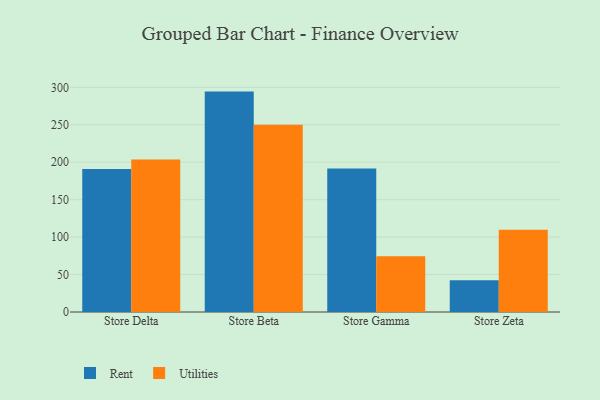
{"axis": {"x": "Store", "y": "LTV (USD)"}, "legend": ["Rent", "Utilities"], "data": [{"x": "Store Delta", "y": 191.1, "type": "Rent"}, {"x": "Store Delta", "y": 203.8, "type": "Utilities"}, {"x": "Store Beta", "y": 294.3, "type": "Rent"}, {"x": "Store Beta", "y": 250.2, "type": "Utilities"}, {"x": "Store Gamma", "y": 191.5, "type": "Rent"}, {"x": "Store Gamma", "y": 74.5, "type": "Utilities"}, {"x": "Store Zeta", "y": 42.4, "type": "Rent"}, {"x": "Store Zeta", "y": 109.7, "type": "Utilities"}]}